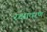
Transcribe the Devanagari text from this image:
रक्षावरण